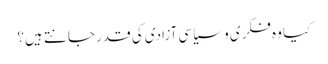
کیا وہ فکری و سیاسی آزادی کی قدر جانتے ہیں؟